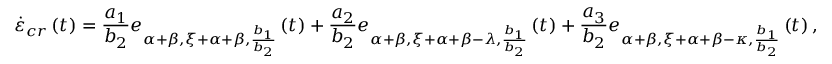
\dot { \varepsilon } _ { c r } \left( t \right) = \frac { a _ { 1 } } { b _ { 2 } } e _ { \alpha + \beta , \xi + \alpha + \beta , \frac { b _ { 1 } } { b _ { 2 } } } \left( t \right) + \frac { a _ { 2 } } { b _ { 2 } } e _ { \alpha + \beta , \xi + \alpha + \beta - \lambda , \frac { b _ { 1 } } { b _ { 2 } } } \left( t \right) + \frac { a _ { 3 } } { b _ { 2 } } e _ { \alpha + \beta , \xi + \alpha + \beta - \kappa , \frac { b _ { 1 } } { b _ { 2 } } } \left( t \right) ,